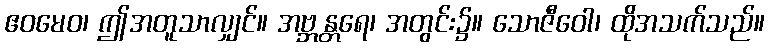
ဧဝမေဝ၊ ဤအတူသာလျှင်။ အဗ္ဘန္တရေ၊ အတွင်း၌။ သောဇီဝေါ၊ ထိုအသက်သည်။